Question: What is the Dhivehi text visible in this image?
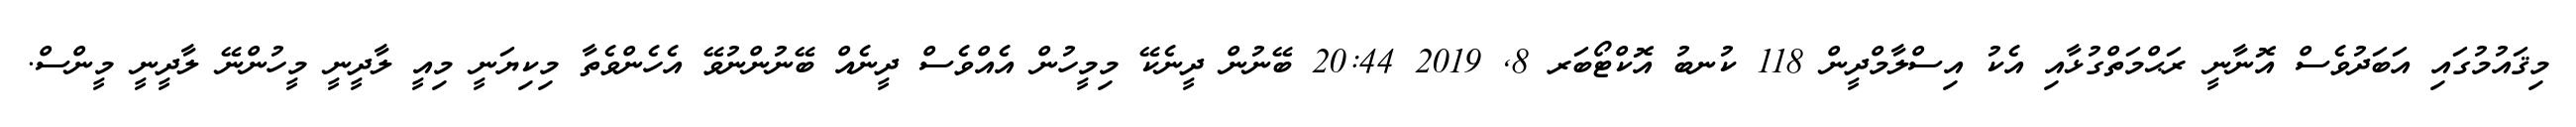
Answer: މިޤައުމުގައި އަބަދުވެސް އޮނާނީ ރަޙްމަތްގުޅާއި އެކު އިސްލާމްދީން 118 ކުނބު އޮކްޓޯބަރ 8, 2019 20:44 ބޭނުން ދީނެކޭ މިމީހުން އެއްވެސް ދީނެއް ބޭނުންނުވޭ އެހެންވެތާ މިކިޔަނީ މިއީ ލާދީނީ މީހުންނޭ ލާދީނީ މީންސް.